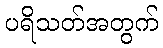
ပရိသတ်အတွက်